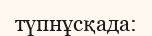
түпнұсқада: